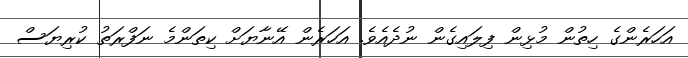
އަހަރެންގެ ހިތުން މުޅިން ފިލައިގެން ނުދެއެވެ. އަހަރެން އޭނާޔަށް ކިތަންމެ ނަފްރަތު ކުރިޔަސް